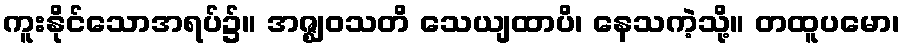
ကူးနိုင်သောအရပ်၌။ အဇ္ဈဝသတိ သေယျထာပိ၊ နေသကဲ့သို့။ တထူပမော၊